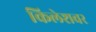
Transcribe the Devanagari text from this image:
किलेशवर